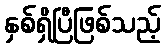
နှစ်ရှိပြီဖြစ်သည့်